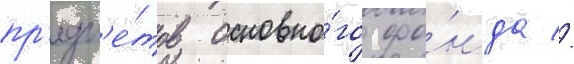
пр'едм'е́тов основно́го фо́нда //